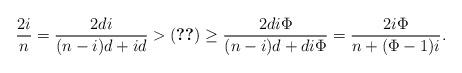
LaTeX: \begin{align*}\frac{2i}{n} = \frac{2di}{(n-i)d + id} > \eqref{eqn1} \geq \frac{2di\Phi }{(n-i)d + di\Phi } = \frac{2i\Phi}{n + (\Phi-1) i}.\end{align*}